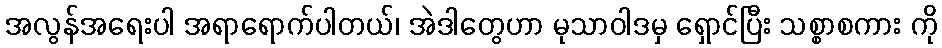
အလွန်အရေးပါ အရာရောက်ပါတယ်၊ အဲဒါတွေဟာ မုသာဝါဒမှ ရှောင်ပြီး သစ္စာစကား ကို